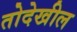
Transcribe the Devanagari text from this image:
तोदेखील